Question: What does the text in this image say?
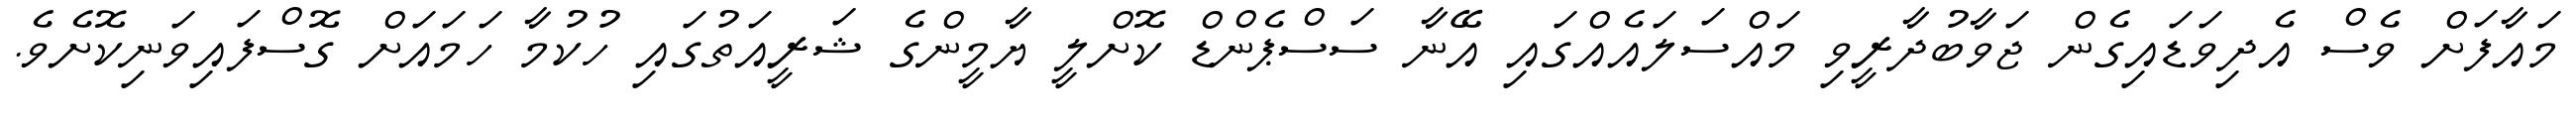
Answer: މައާފަށް ވެސް އެދިވަޑައިގެން ޖަވާބުދާރީވި މައްސަލައެއްގައި އޭނާ ސަސްޕެންޑް ކޮށްލީ ޔާމީންގެ ޝަރީއަތުގައި ހުކުމާ ހަމައަށް ގޮސްފައިވަނިކޮށެވެ.